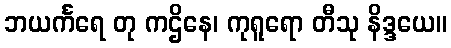
ဘယင်္ကရေ တု ကဌိနေ၊ ကုရူရော တီသု နိဒ္ဒယေ။